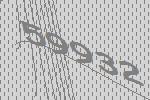
59932